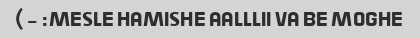
MESLE HAMISHE AALLLII VA BE MOGHE: -)